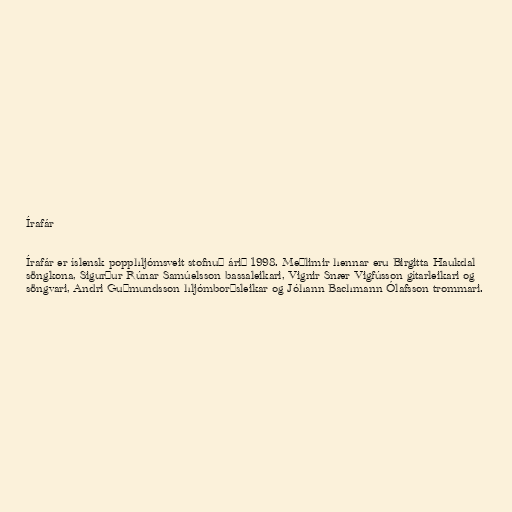
Írafár

Írafár er íslensk popphljómsveit stofnuð árið 1998. Meðlimir hennar eru Birgitta Haukdal
söngkona, Sigurður Rúnar Samúelsson bassaleikari, Vignir Snær Vigfússon gítarleikari og
söngvari, Andri Guðmundsson hljómborðsleikar og Jóhann Bachmann Ólafsson trommari.